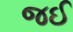
જઈ